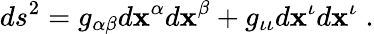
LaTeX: ds^{2}=g_{\alpha\beta}d\mathbf{x}^{\alpha}d\mathbf{x}^{\beta}+g_{\iota\iota}d\mathbf{x}^{\iota}d\mathbf{x}^{\iota}\; .